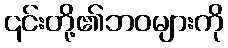
၎င်းတို့၏ဘဝများကို